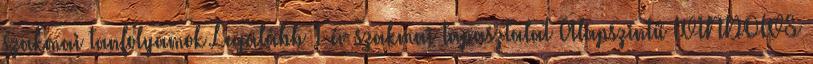
szakmai tanfolyamok Legalább 1 év szakmai tapasztalat Alapszintű WINDOWS